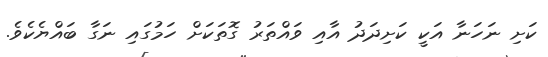
ކަށި ނަހަނާ އަކީ ކަށިދަދު އާއި ވައްތަރު ގޮތަކަށް ހަމުގައި ނަގާ ބައްޔެކެވެ.